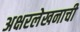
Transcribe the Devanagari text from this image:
अक्षरलेखनाची